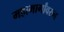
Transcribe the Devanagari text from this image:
महामार्गांवरुन